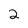
Character: 2